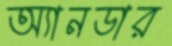
অ্যানডার